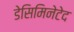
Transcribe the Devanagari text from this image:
डेसिमिनेटेद